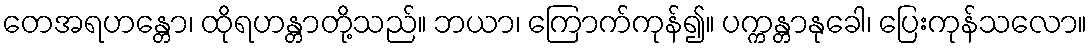
တေအရဟန္တော၊ ထိုရဟန္တာတို့သည်။ ဘယာ၊ ကြောက်ကုန်၍။ ပက္ကန္တာနုခေါ၊ ပြေးကုန်သလော။